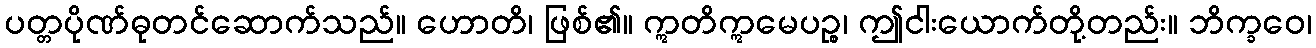
ပတ္တပိုဏ်ဓုတင်ဆောက်သည်။ ဟောတိ၊ ဖြစ်၏။ ဣတိဣမေပဉ္စ၊ ဤငါးယောက်တို့တည်း။ ဘိက္ခဝေ၊